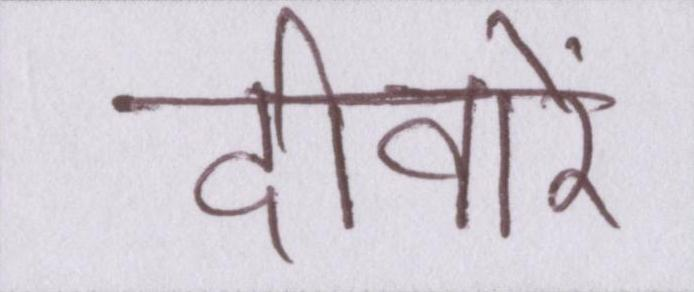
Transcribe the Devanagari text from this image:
दीवारें